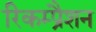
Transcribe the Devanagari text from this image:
रिकम्प्रैशन